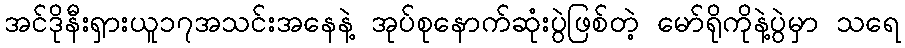
အင်ဒိုနီးရှားယူ၁၇အသင်းအနေနဲ့ အုပ်စုနောက်ဆုံးပွဲဖြစ်တဲ့ မော်ရိုကိုနဲ့ပွဲမှာ သရေ